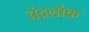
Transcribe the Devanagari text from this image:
चंद्रलोक